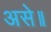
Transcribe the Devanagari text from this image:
असे॥